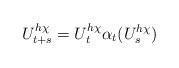
LaTeX: \begin{align*}U_{t+s}^{h\chi}=U_t^{h\chi}\alpha_t(U_s^{h\chi})\end{align*}